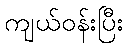
ကျယ်ဝန်းပြီး